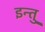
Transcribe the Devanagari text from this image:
इन्तु